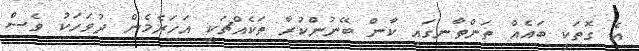
އެ ގޮތަކީ ބައެއް ތަންތާނގައި ކާން ބޭނުންކުރާ ތަކެއްޗަކީ އަހަރެމެން ދުވަހަކު ވެސް